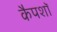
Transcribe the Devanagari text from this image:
कैपशॉ